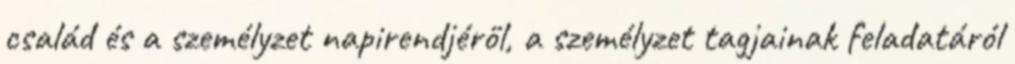
család és a személyzet napirendjéről, a személyzet tagjainak feladatáról